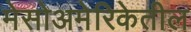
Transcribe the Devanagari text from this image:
मेसोअमेरिकेतील